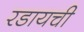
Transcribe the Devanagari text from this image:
रडायची